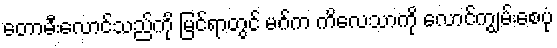
တောမီးလောင်သည်ကို မြင်ရာတွင် မဂ်က ကိလေသာကို လောင်ကျွမ်းစေပုံ